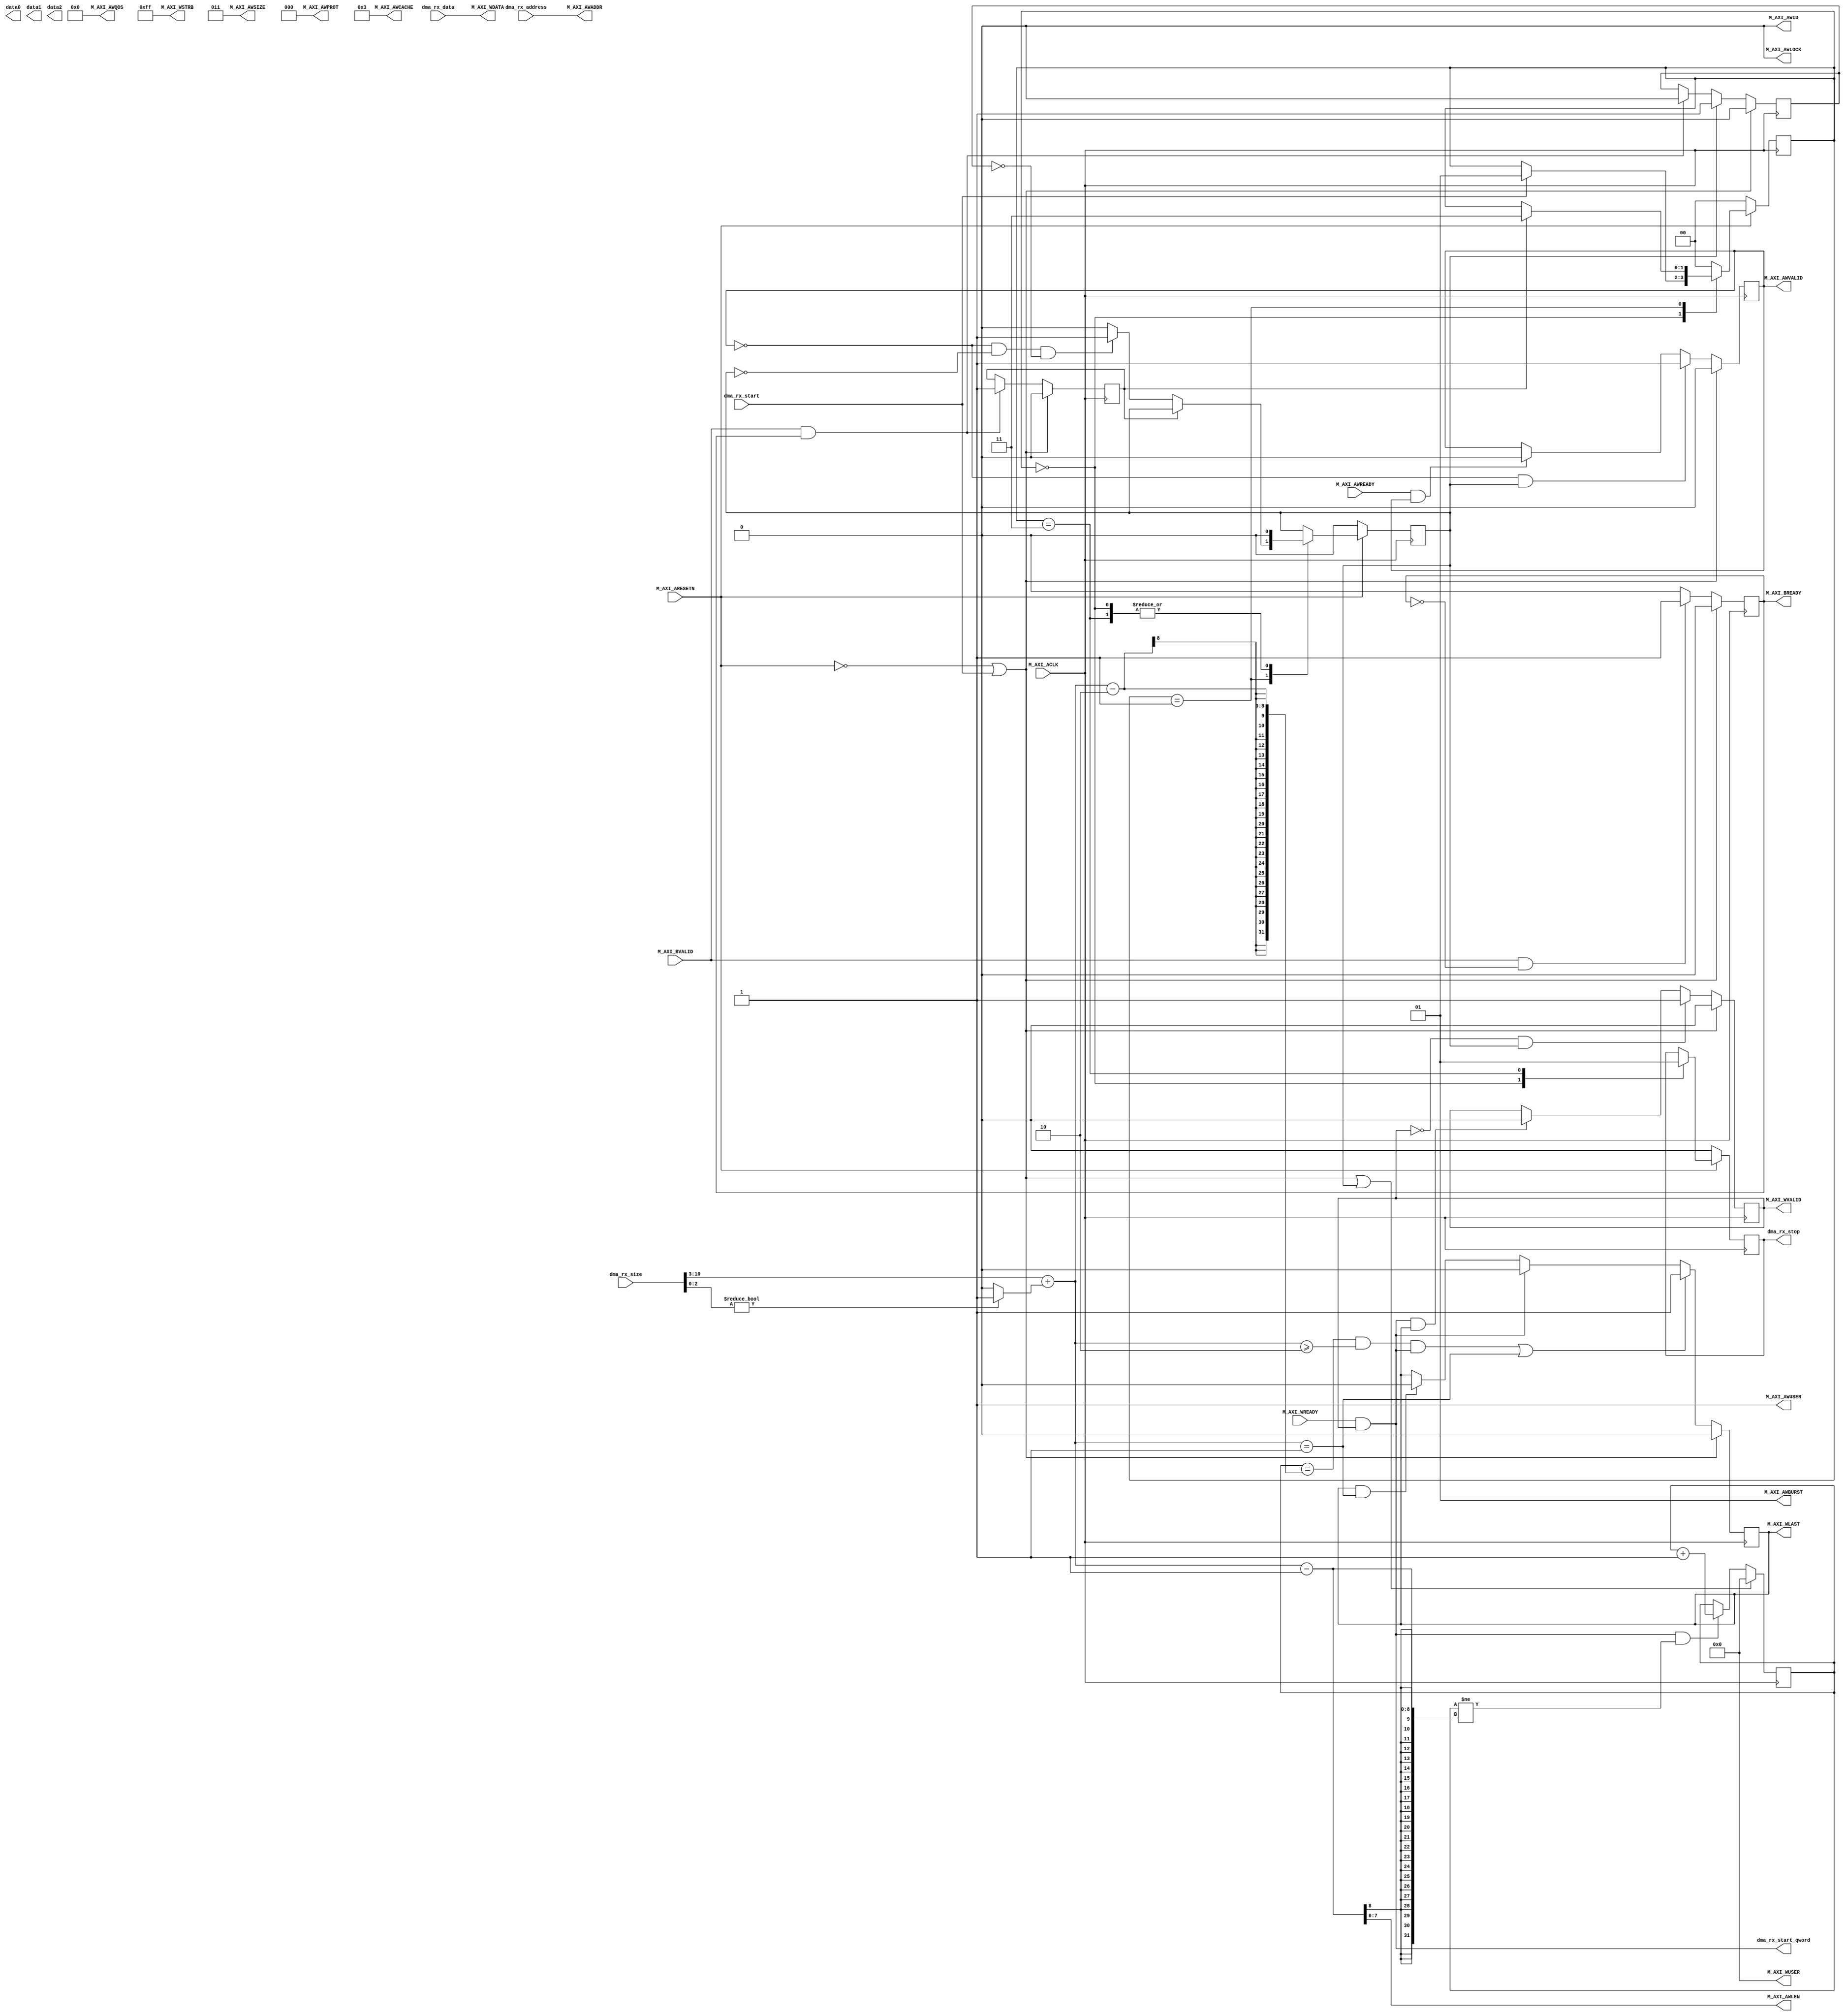
module mac_rx_v1_0_M00_AXI #
( 
	parameter  C_M_TARGET_SLAVE_BASE_ADDR	= 32'h40000000,
	parameter integer C_M_AXI_BURST_LEN	= 256,
	parameter integer C_M_AXI_ID_WIDTH	= 1,
	parameter integer C_M_AXI_ADDR_WIDTH	= 32,
	parameter integer C_M_AXI_DATA_WIDTH	= 64,
	parameter integer C_M_AXI_AWUSER_WIDTH	= 1,
	parameter integer C_M_AXI_WUSER_WIDTH	= 8
) 
(
	output wire[31:0] data0,
	output wire[31:0] data1,
	output wire[31:0] data2,
		
	input wire  M_AXI_ACLK,
	input wire  M_AXI_ARESETN,
	
	output wire [C_M_AXI_ID_WIDTH-1 : 0] M_AXI_AWID,
	output wire [C_M_AXI_ADDR_WIDTH-1 : 0] M_AXI_AWADDR,
	output wire [7 : 0] M_AXI_AWLEN,
	output wire [2 : 0] M_AXI_AWSIZE,
	output wire [1 : 0] M_AXI_AWBURST,
	output wire  M_AXI_AWLOCK,
	output wire [3 : 0] M_AXI_AWCACHE,
	output wire [2 : 0] M_AXI_AWPROT,
	output wire [3 : 0] M_AXI_AWQOS,
	output wire [C_M_AXI_AWUSER_WIDTH-1 : 0] M_AXI_AWUSER,
	output wire  M_AXI_AWVALID,
	output wire [C_M_AXI_DATA_WIDTH-1 : 0] M_AXI_WDATA,
	output wire [C_M_AXI_DATA_WIDTH/8-1 : 0] M_AXI_WSTRB,
	output wire  M_AXI_WLAST,
	output wire [C_M_AXI_WUSER_WIDTH-1 : 0] M_AXI_WUSER,
	output wire  M_AXI_WVALID,
	output wire  M_AXI_BREADY,
	input wire  M_AXI_WREADY,
	input wire  M_AXI_AWREADY,
	input wire  M_AXI_BVALID,
	
	input[63:0]dma_rx_data,
	input[31:0]dma_rx_address,
	input[10:0]dma_rx_size, //bytes
	input dma_rx_start,
	output reg dma_rx_stop,
	output dma_rx_start_qword
);

	function integer clogb2 (input integer bit_depth);
	begin
		for(clogb2=0; bit_depth>0; clogb2=clogb2+1)
			bit_depth = bit_depth >> 1;
	end
	endfunction

	parameter [1:0] IDLE = 2'b00,
					INIT_WRITE   = 2'b01, 
					INIT_COMPARE = 2'b11;
	reg [1:0] mst_exec_state;

	reg axi_awvalid;
	reg axi_wlast;
	reg axi_wvalid;
	reg axi_bready;
	reg[7:0] write_index;
	reg	start_single_burst_write;
	reg	writes_done, writes_done1, writes_done2;
	reg	burst_write_active;
	wire wnext;
	wire init_txn_pulse = dma_rx_start;

	wire[10:0] MAX_NUMBER_FRAMES = 0;

	assign M_AXI_AWID	= 'b0;
	assign M_AXI_AWSIZE	= clogb2((C_M_AXI_DATA_WIDTH/8)-1);
	assign M_AXI_AWBURST	= 2'b01;
	assign M_AXI_AWLOCK	= 1'b0;
	//Update value to 4'b0011 if coherent accesses to be used via the Zynq ACP port. Not Allocated, Modifiable, not Bufferable. Not Bufferable since this example is meant to test memory, not intermediate cache. 
	assign M_AXI_AWCACHE	= 4'b0011;
	assign M_AXI_AWPROT	= 3'h0;
	assign M_AXI_AWQOS	= 4'h0;
	assign M_AXI_AWUSER	= 'b1;
	assign M_AXI_AWVALID	= axi_awvalid;
	assign M_AXI_WSTRB	= {(C_M_AXI_DATA_WIDTH/8){1'b1}};
	assign M_AXI_WLAST	= axi_wlast;
	assign M_AXI_WUSER	= 'b0;
	assign M_AXI_WVALID	= axi_wvalid;
	assign M_AXI_BREADY	= axi_bready;

	wire[7:0] NUMBER_QWORDS = dma_rx_size[10:3] + ((dma_rx_size[2:0])? 1 : 0);
	assign M_AXI_AWLEN	= NUMBER_QWORDS - 1;
	assign M_AXI_AWADDR	= dma_rx_address;
	assign M_AXI_WDATA = dma_rx_data;
	
	always@(posedge M_AXI_ACLK) begin
		if(!M_AXI_ARESETN) begin
			mst_exec_state <= IDLE;
			start_single_burst_write <= 0;
			writes_done2 <= 0;
			dma_rx_stop <= 0;
		end else begin
			case(mst_exec_state)
				IDLE: begin
					start_single_burst_write <= 0;
					dma_rx_stop <= 0;
					if(init_txn_pulse)
						mst_exec_state <= INIT_WRITE;
				end
				INIT_WRITE: begin
					if(writes_done) begin
						writes_done2 <= 1;
						mst_exec_state <= INIT_COMPARE;
					end else
						start_single_burst_write <= (~axi_awvalid && ~start_single_burst_write && ~burst_write_active)? 1 : 0;
				end
				INIT_COMPARE: begin
					dma_rx_stop <= 1; 
					start_single_burst_write <= 0;
					mst_exec_state <= IDLE;
				end
				default :
					mst_exec_state <= IDLE;
			endcase
		end
	end

	assign wnext = M_AXI_WREADY & axi_wvalid;
	assign dma_rx_start_qword = wnext;

	always @(posedge M_AXI_ACLK) begin  
		axi_awvalid	<=	(!M_AXI_ARESETN || init_txn_pulse)? 0 :
						(~axi_awvalid && start_single_burst_write)? 1 :
						(M_AXI_AWREADY && axi_awvalid)? 0 : axi_awvalid; 
		axi_wvalid	<=	(!M_AXI_ARESETN || init_txn_pulse)? 0 :
						(~axi_wvalid && start_single_burst_write)? 1 :
						(wnext && axi_wlast)? 0 : axi_wvalid;
		axi_wlast	<=	(!M_AXI_ARESETN || init_txn_pulse)? 0 :
						((((write_index == (NUMBER_QWORDS-2)) && (NUMBER_QWORDS >= 2)) && wnext) || (NUMBER_QWORDS == 1 ))? 1 :
						(wnext)? 0 :
						(axi_wlast && (NUMBER_QWORDS == 1))? 0 : axi_wlast;
		write_index	<=	(!M_AXI_ARESETN || init_txn_pulse || start_single_burst_write)? 0 :
						(wnext && (write_index != (NUMBER_QWORDS-1)))? write_index + 1 : write_index;
		axi_bready	<=	(!M_AXI_ARESETN || init_txn_pulse)? 0 :
						(M_AXI_BVALID && ~axi_bready)? 1 :
						(axi_bready)? 0 : axi_bready;
		burst_write_active	<=	(!M_AXI_ARESETN || init_txn_pulse)? 0 :
								(start_single_burst_write)? 1 : 
								(M_AXI_BVALID && axi_bready)? 0 : burst_write_active;
		writes_done	<=	(!M_AXI_ARESETN || init_txn_pulse)? 0 :	(M_AXI_BVALID && axi_bready)? 1 : writes_done;
	end

endmodule